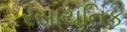
રસાયનિક